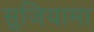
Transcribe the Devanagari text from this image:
सुजियामा